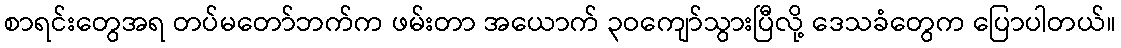
စာရင်းတွေအရ တပ်မတော်ဘက်က ဖမ်းတာ အယောက် ၃ဝကျော်သွားပြီလို့ ဒေသခံတွေက ပြောပါတယ်။